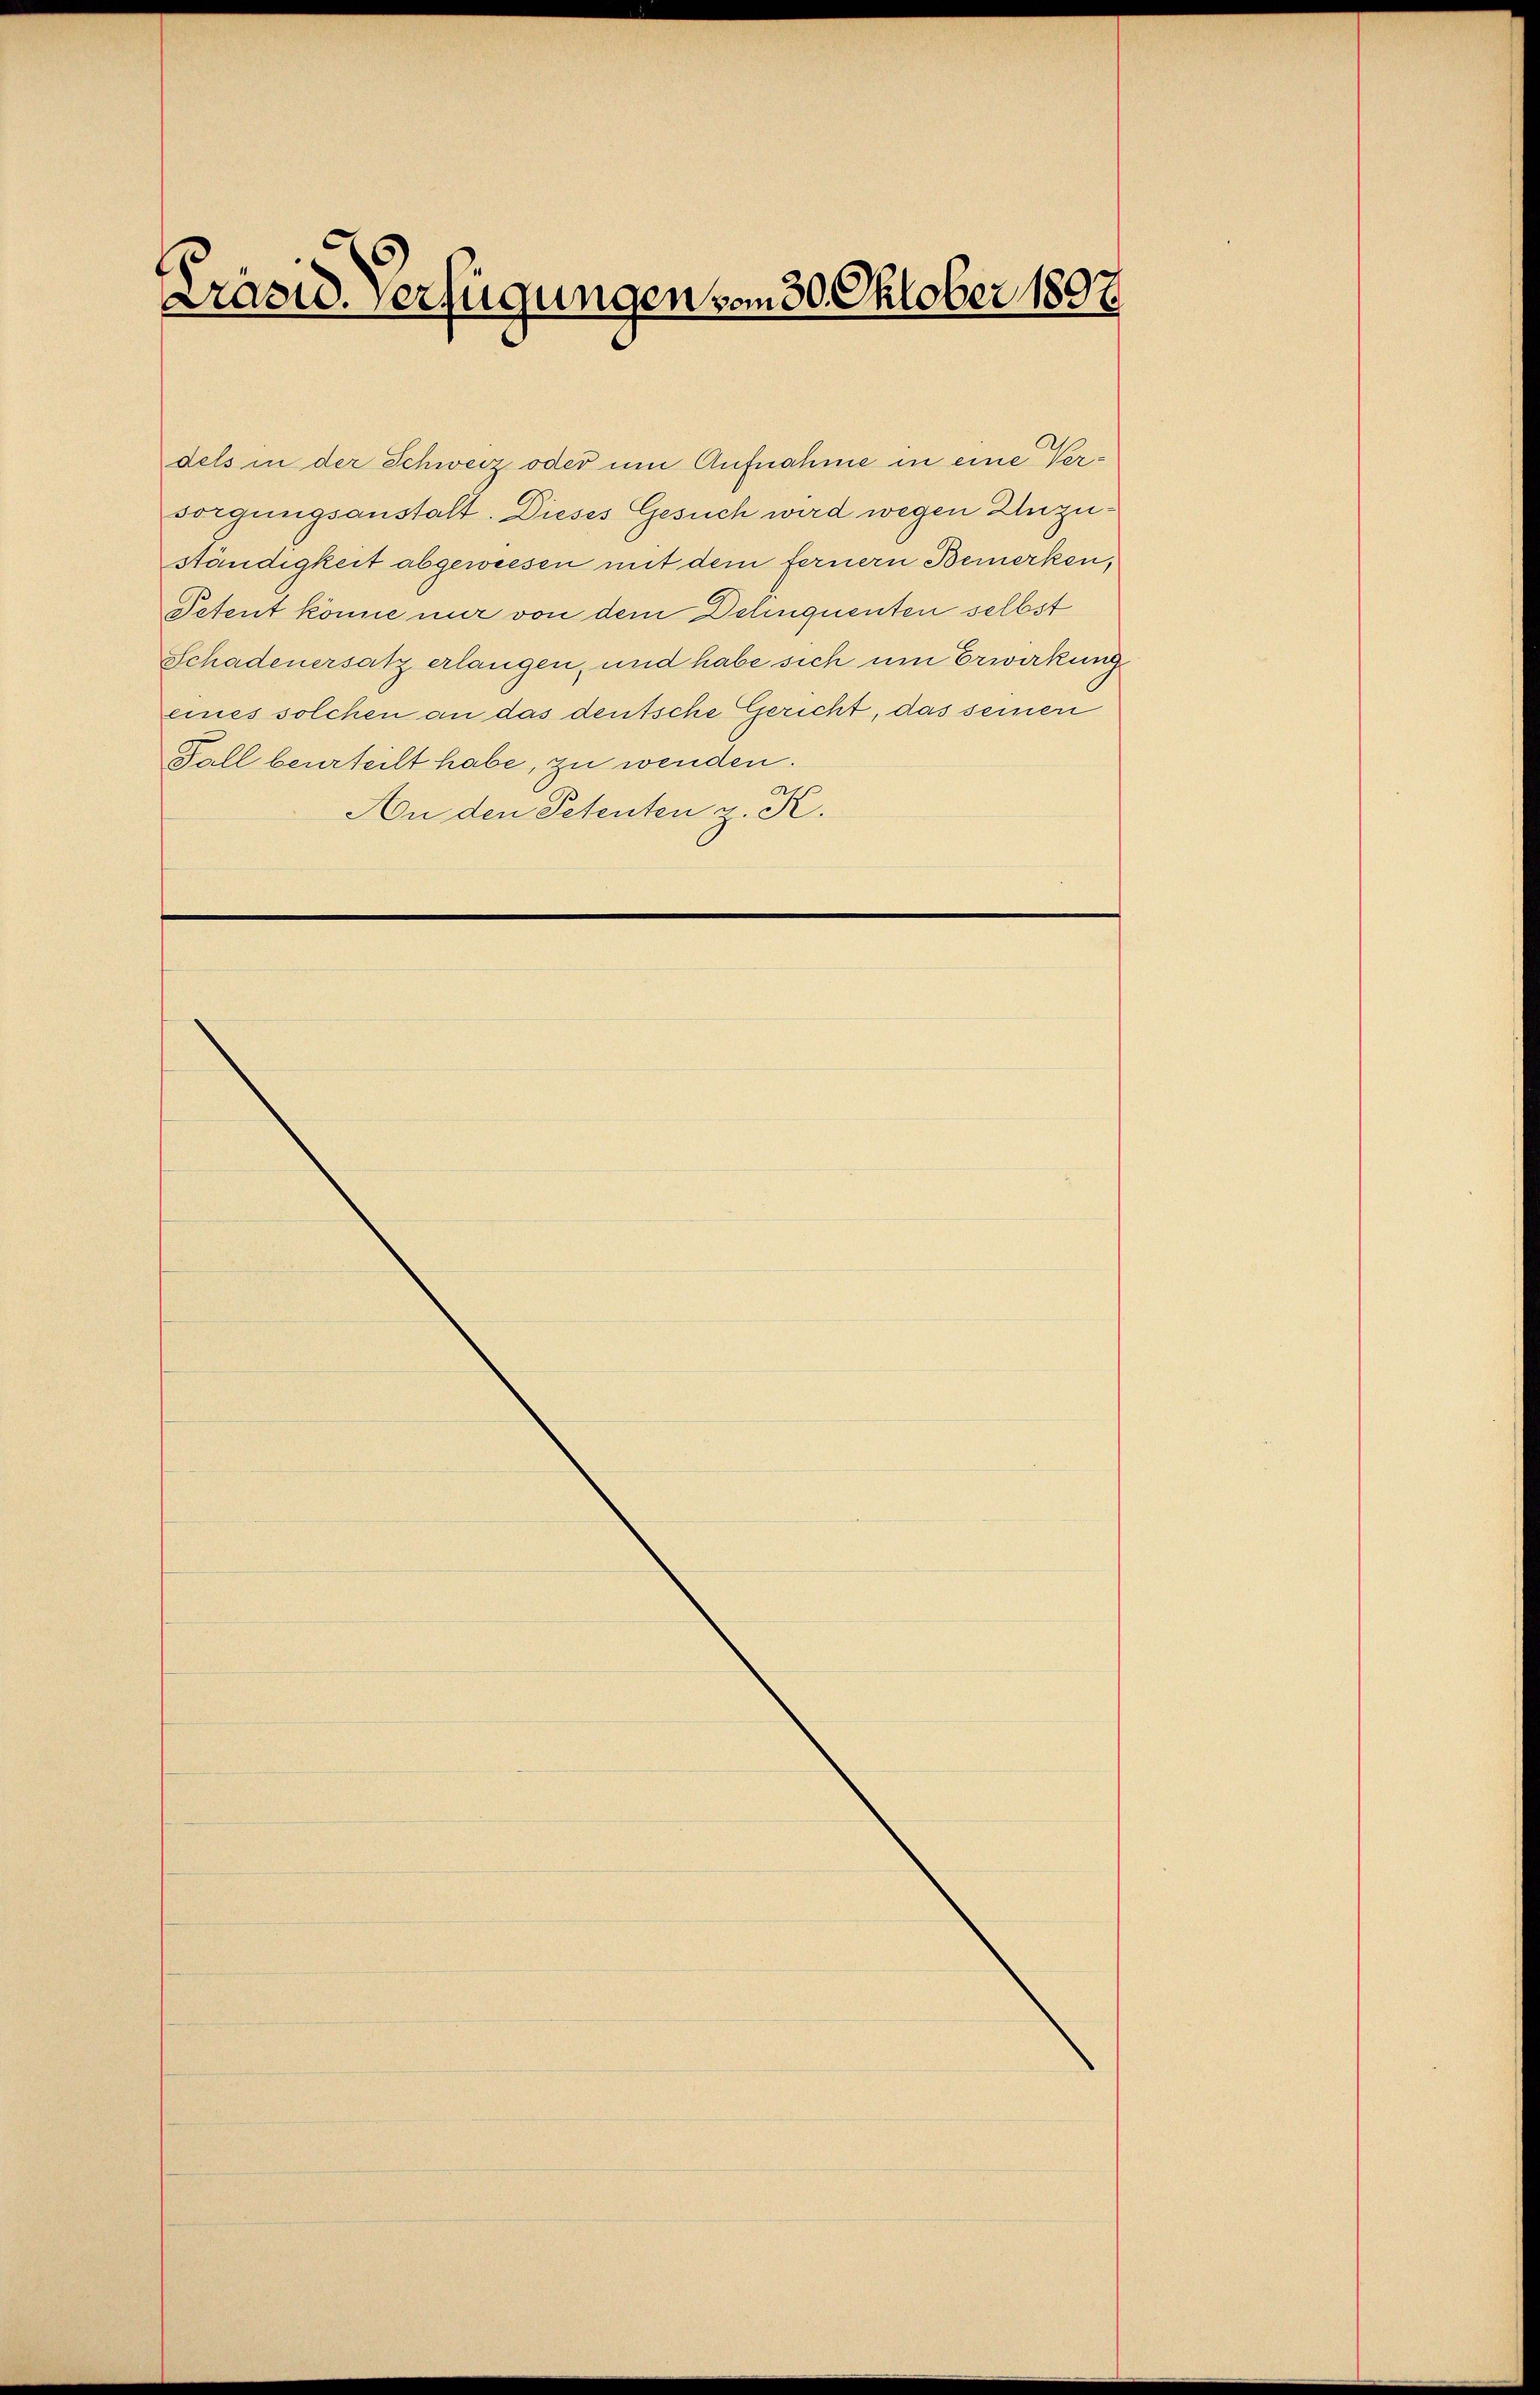
Präsid. Verfügungen vom 30. Oktober 1897

dels in der Schweiz oder um Aufnahme in eine Versorgungsanstalt. Dieses Gesuch wird wegen Unzuständigkeit abgewiesen mit dem fernern Bemerken,
Petent könne nur von dem Delinquenten selbst
Schadenersatz erlangen, und habe sich um Erwirkung
eines solchen an das deutsche Gericht, das seinen
Fall beurteilt habe, zu wenden.
An den Petenten z. K.